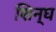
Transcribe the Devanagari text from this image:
शिन्घ